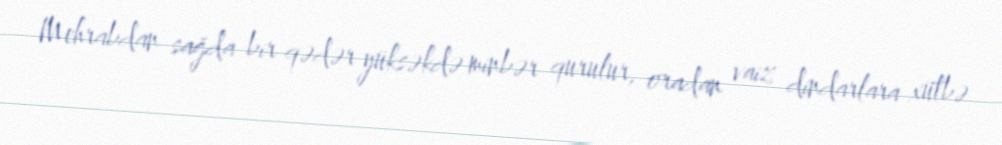
Mehrabdan sağda bir qədər yüksəkdə minbər qurulur, oradan vaiz dindarlara xütbə